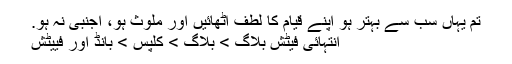
تم یہاں سب سے بہتر ہو اپنے قیام کا لطف اٹھائیں اور ملوث ہو، اجنبی نہ ہو.
انتہائی فیٹش بلاگ > بلاگ > کلپس > بانڈ اور فییٹش